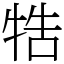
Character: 牿